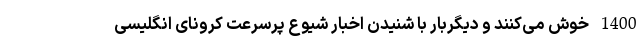
1400 خوش می‌کنند و دیگربار با شنیدن اخبار شیوع پرسرعت کرونای انگلیسی